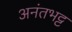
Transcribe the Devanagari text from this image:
अनंतभट्ट